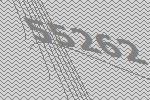
55262